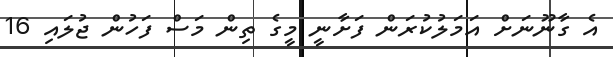
އެ ގާނޫނަށް އަމަލުކުރަން ފަށާނީ މީގެ ތިން މަސް ފަހުން ޖުލައި 16